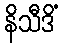
နိသီဒိံ